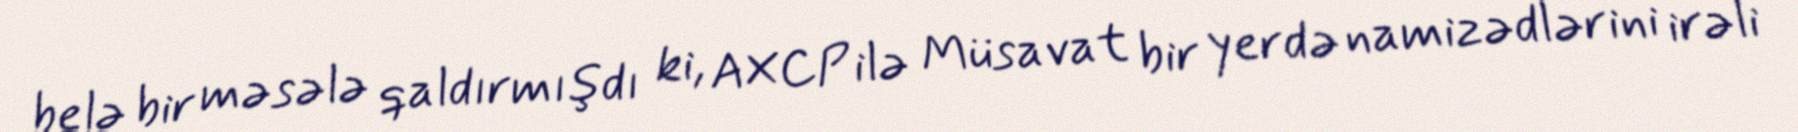
belə bir məsələ qaldırmışdı ki, AXCP ilə Müsavat bir yerdə namizədlərini irəli